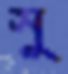
সু